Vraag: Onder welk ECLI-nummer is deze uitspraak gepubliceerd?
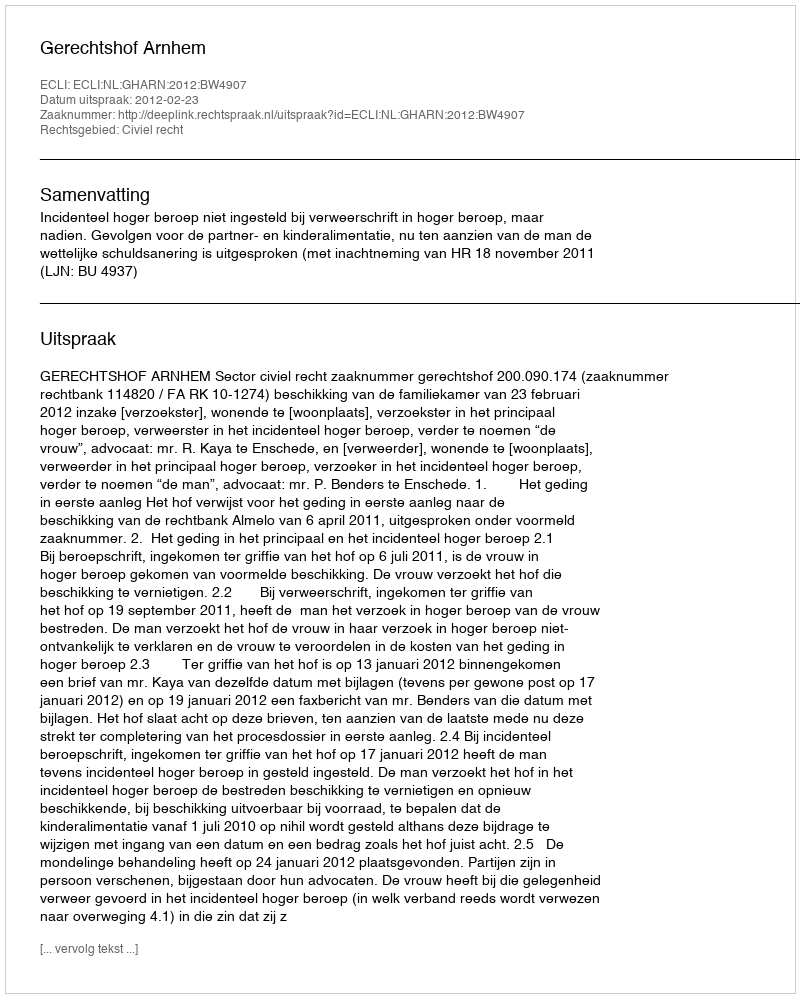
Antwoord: ECLI:NL:GHARN:2012:BW4907